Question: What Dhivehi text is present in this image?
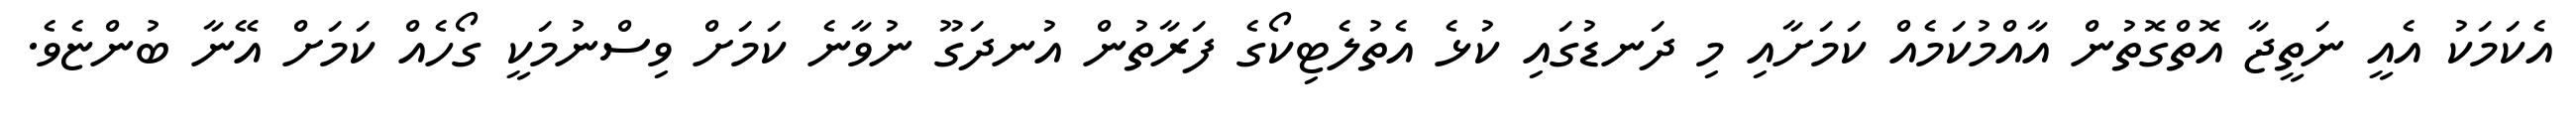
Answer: އެކަމަކު އެއީ ނަތީޖާ އޮތްގޮތުން އާއްމުކަމެއް ކަމަށާއި މި ދަނޑުގައި ކުޅެ އެތުލެޓިކޯގެ ފަރާތުން އުނދަގޫ ނުވާނެ ކަމަށް ވިސްނުމަކީ ގޯހެއް ކަމަށް އޭނާ ބުންޏެވެ.